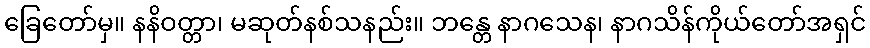
ခြေတော်မှ။ နနိဝတ္တာ၊ မဆုတ်နစ်သနည်း။ ဘန္တေ နာဂသေန၊ နာဂသိန်ကိုယ်တော်အရှင်